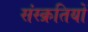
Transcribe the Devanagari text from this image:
संस्क्रतियों